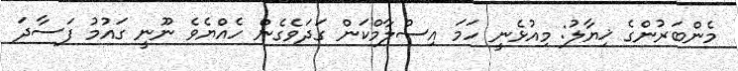
މެންބަރުންގެ ޚިޔާލު: މިއުޅެނީ ހަމަ އިސްލާމްކަން ގަދަވެގެން ހެއްޔެވެ ނޫނީ ގައުމު ފަސާދަ